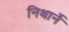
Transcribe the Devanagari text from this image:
निथार्ने